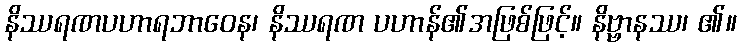
နိဿရဏပဟာရဘာဝေန၊ နိဿရဏ ပဟာန်၏အဖြစ်ဖြင့်။ နိဗ္ဗာနဿ၊ ၏။